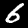
Digit: 6